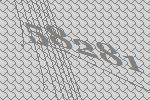
58281